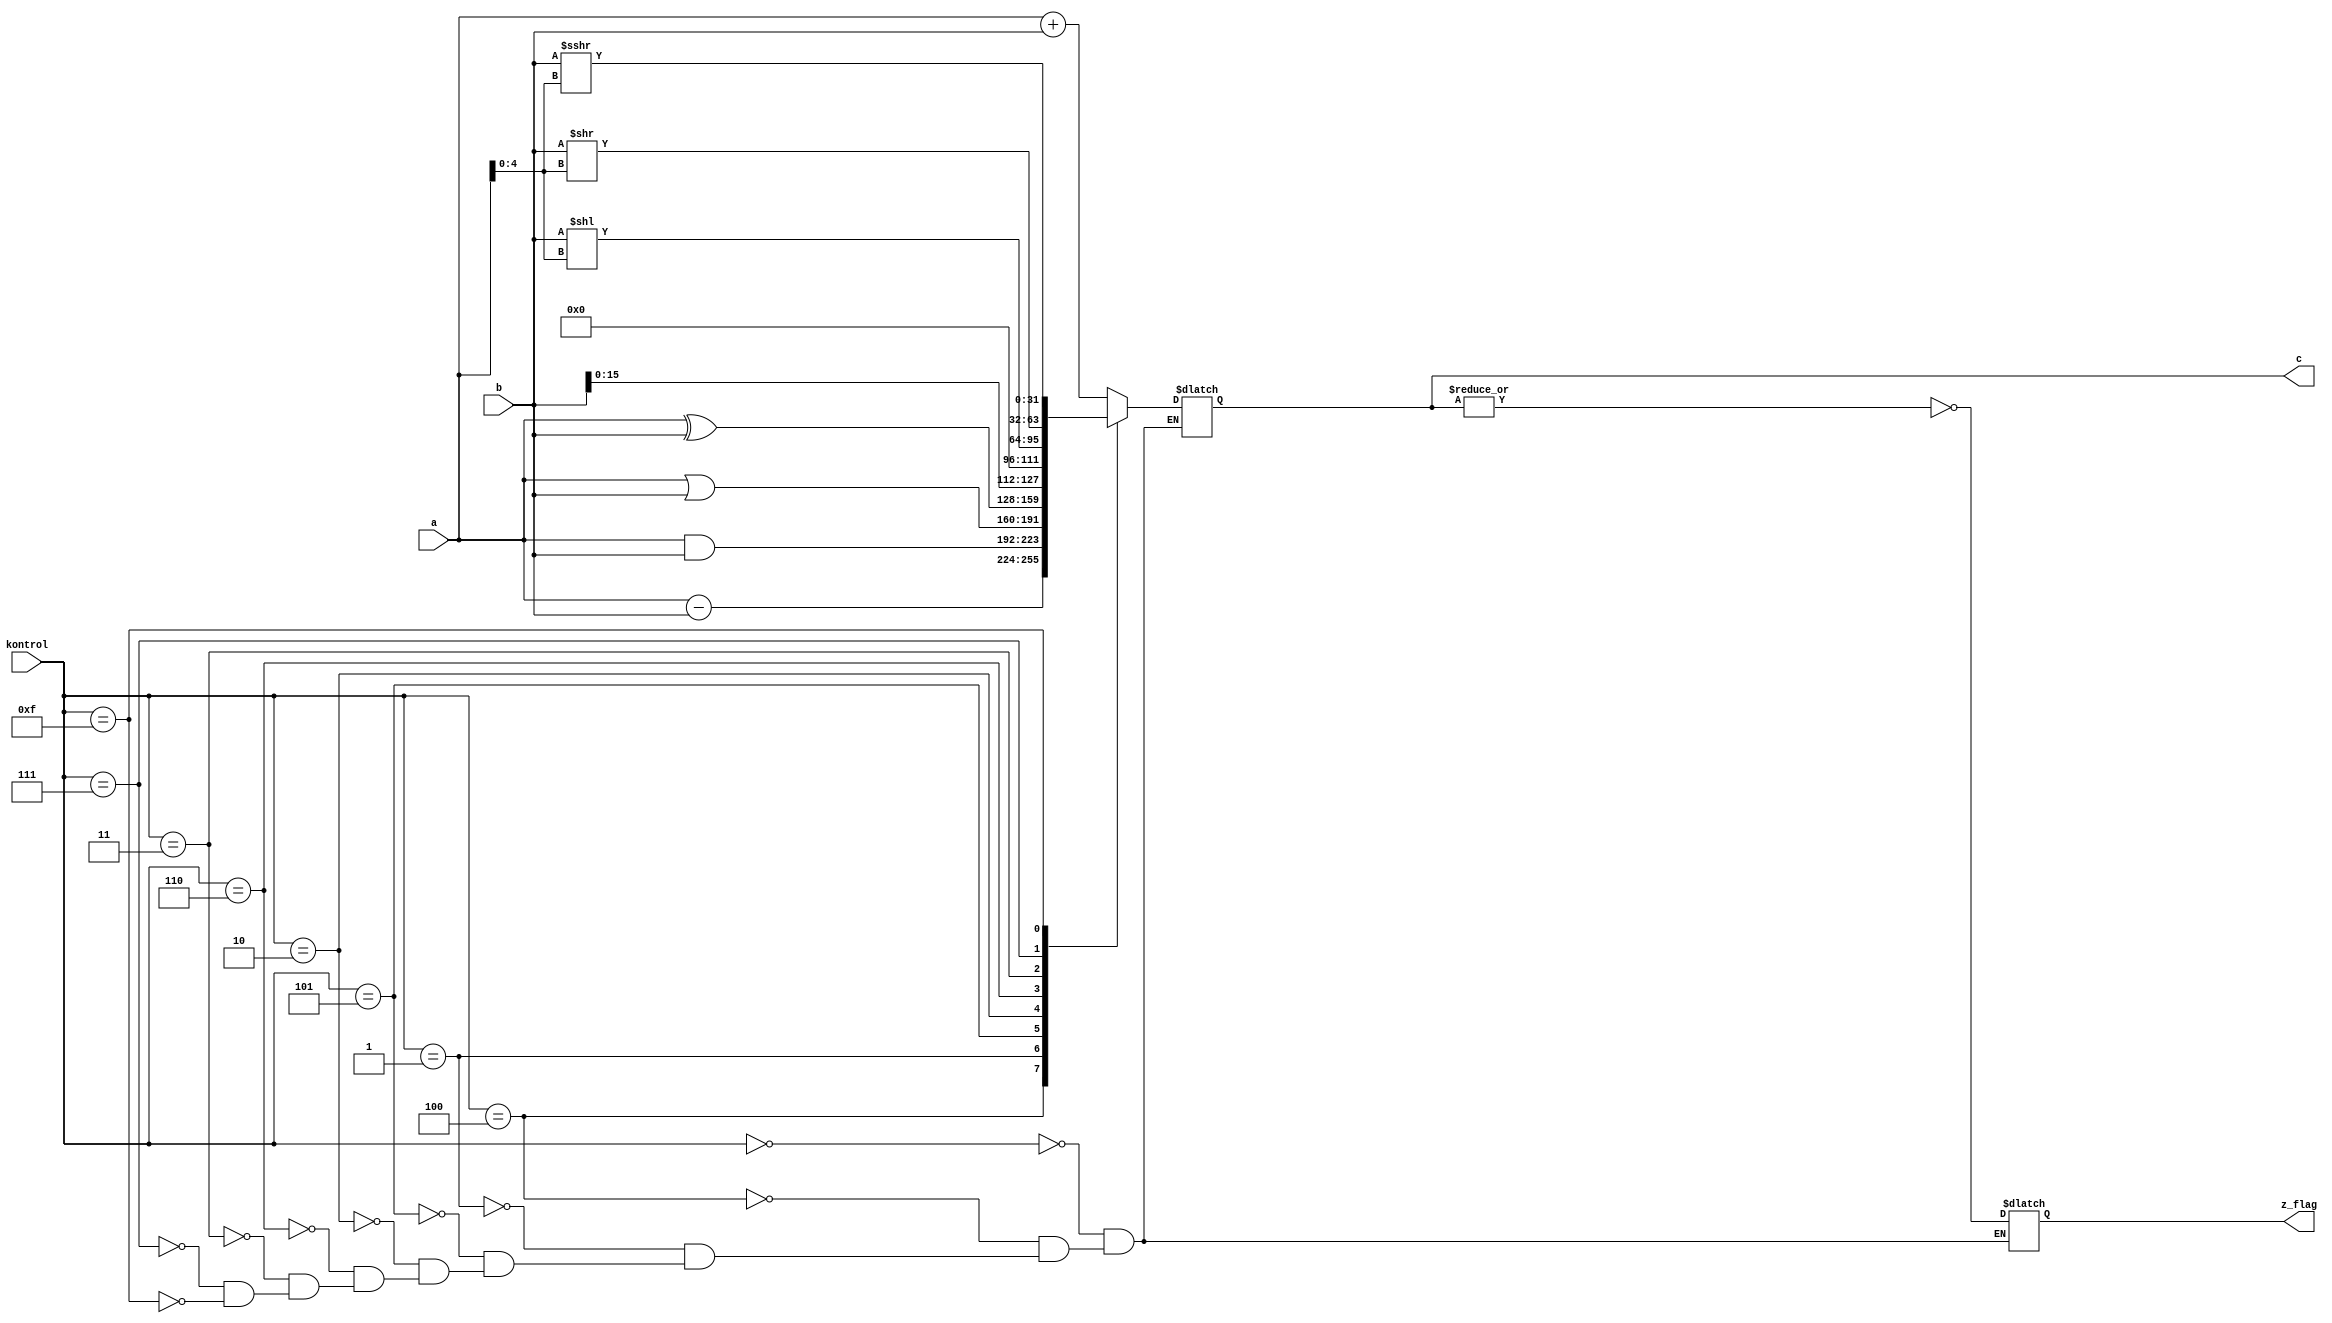
module alu(a,b,kontrol,c,z_flag);
  input      [31 : 0] a, b;              // inputs: a, b
  input      [3  : 0] kontrol;           // durumlar belirlicek
  output reg [31 : 0] c;                 // outputs: c
  output reg          z_flag;

  parameter [3 : 0] S0 = 4'b0000,    //ADD
                    S1 = 4'B0100,    //SUB
                    S2 = 4'B0001,    //AND
                    S3 = 4'B0101,    //OR
                    S4 = 4'B0010,    //XOR
                    S5 = 4'B0110,    //LUI
                    S6 = 4'B0011,    //SLL
                    S7 = 4'B0111,    //SRL
                    S8 = 4'B1111;    //SRA
  
  always @(*) begin                 
    case(kontrol)
   
        S0 : begin                      //add
             c <= a + b;
             z_flag = ~| c;
             end
        
        S1 : begin                              //sub
             c <= a - b;
             z_flag = ~| c;
             end      
             
        S2 : begin                              //and
             c <= a & b;
             z_flag = ~| c;
             end
             
        S3 : begin                              //or
             c <= a | b;
             z_flag = ~| c;
             end
             
        S4 : begin                              //xor
             c <= a ^ b;
             z_flag = ~| c;
             end
        
        S5 : begin                              //lui
             c <= {b[15:0],16'h0};
             z_flag = ~| c;
             end    
             
        S6 : begin                              //sll
             c <= b << a[4 : 0]; 
             z_flag = ~| c;
             end      
        
        S7 : begin                              //srl
             c <= b >>  a[4 : 0];
             z_flag = ~| c;
             end
             
        S8 : begin                              //sra
             c <= $signed(b) >>> a[4 : 0];
             z_flag = ~| c;
             end
    endcase
    
  end
 
endmodule